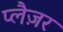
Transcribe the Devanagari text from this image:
प्लैज़र